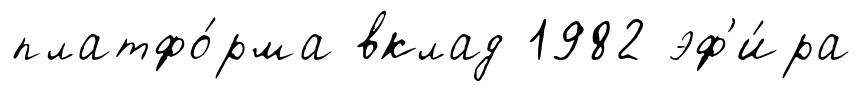
платфо́рма вклад 1982 эф'и́ра